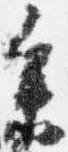
参